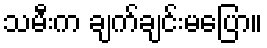
သမီးက ချက်ချင်းမပြော။